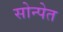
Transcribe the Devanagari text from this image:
सोन्पेत